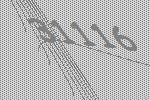
31116